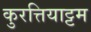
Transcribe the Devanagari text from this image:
कुरत्तियाट्टम